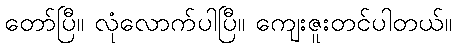
တော်ပြီ။ လုံလောက်ပါပြီ။ ကျေးဇူးတင်ပါတယ်။